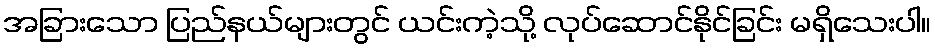
အခြားသော ပြည်နယ်များတွင် ယင်းကဲ့သို့ လုပ်ဆောင်နိုင်ခြင်း မရှိသေးပါ။